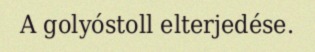
A golyóstoll elterjedése.